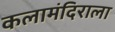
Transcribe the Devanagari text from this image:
कलामंदिराला